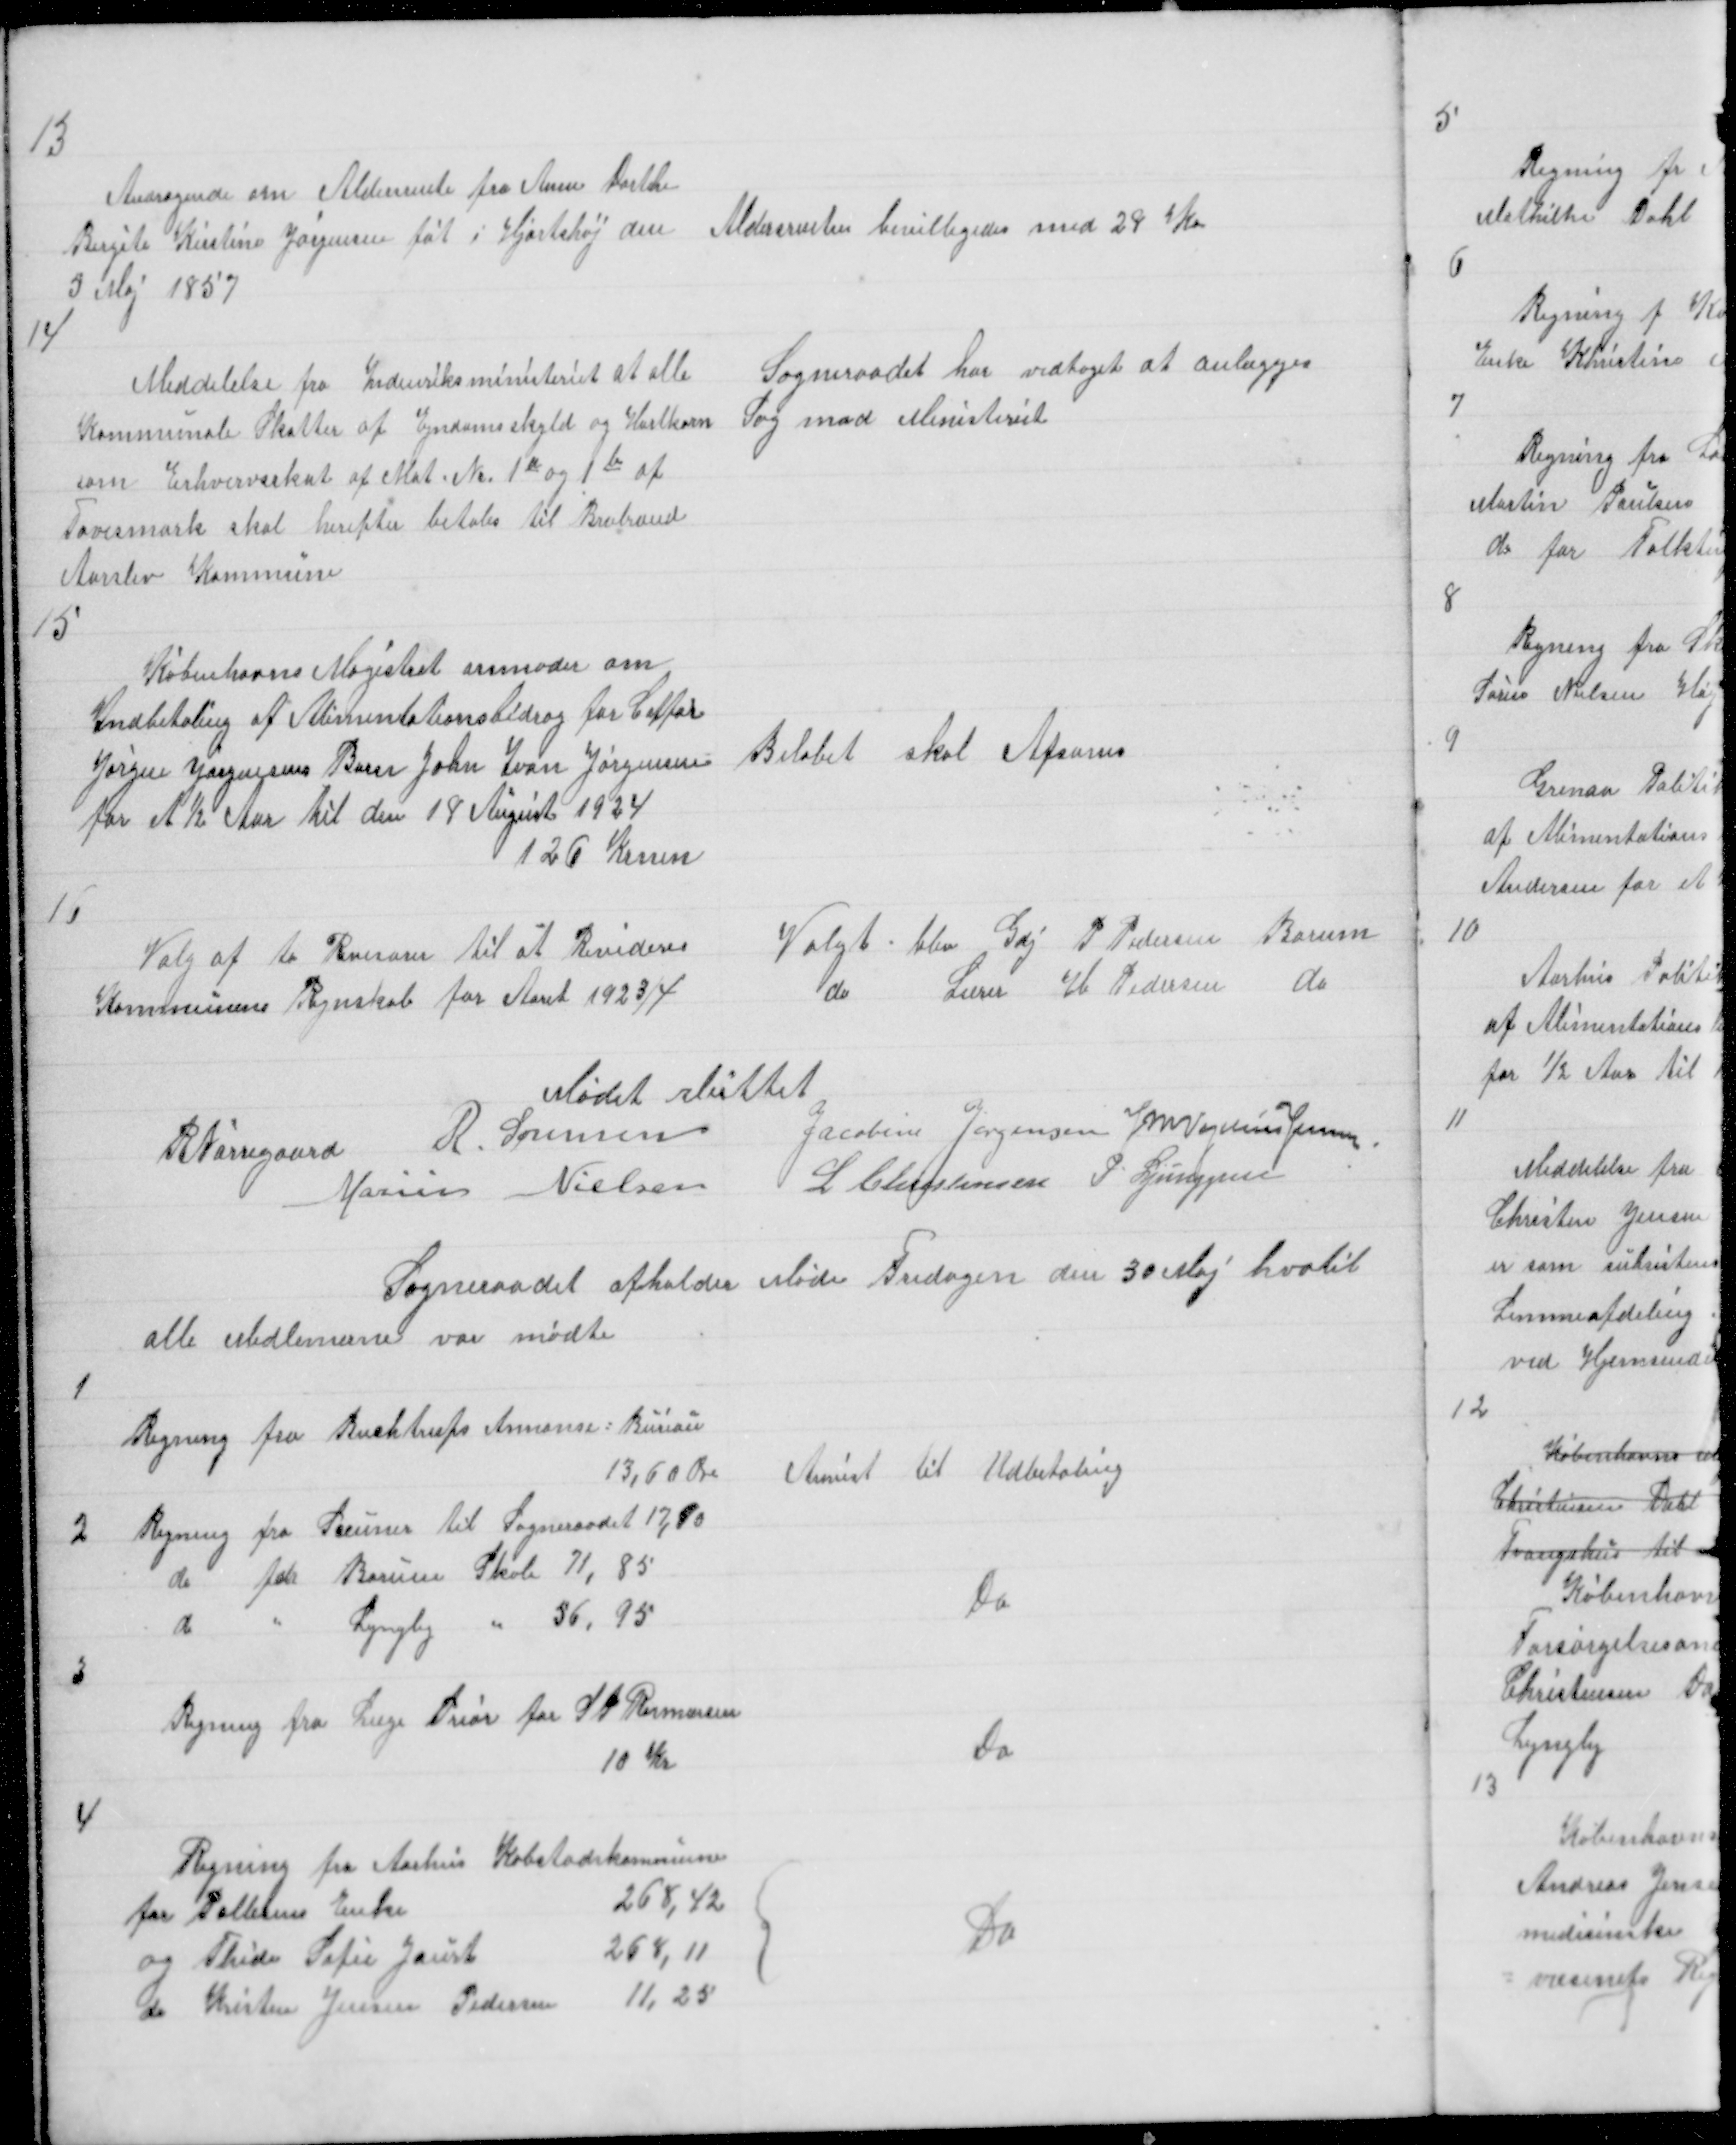
Transskription:
13
Andragende om Aldersrente fra Anne Dorthe
Birgite Kirstine Jørgensen føt i Hjortshøj den
5 Maj 1857

Aldersrenten bevilligedes med 29 Kr

14

Meddelelse fra Indenriksministeriet at alle
Kommunale Skatter af Ejndomsskyld og Hartkorn
som Erhvervsskat af Mat. № 1a og 1b af
Tovesmark skal herefter betales til Brabrand
Aarslev Kommune

Sogneraadet har vedtaget at anlægges
Sag mod Ministeriet

15
Københavns Magistrat anmoder om
Indbetaling af Alimentationsbidrag for Coffør
Jørgen Jørgensens Barn John Ivan Jørgensen
for et ½ Aar til den 18 August 1924
126 Krner

Beløbet skal Afsones

16
Valg af to Revisorer til at Revidere
Kommunens Regnskab for Aaret 1923/4

Valgt blev Gdj P Pedersen Borum
do Lærer H Pedersen do

Mødet sluttet
R Nørregaard R. Sørensen
Jacobine Jørgensen J M Vogelius Jensen
Marius Nielsen L Christensen P. Ljunggren

Sogneraadet afholder Møde Fredagen den 30 Maj hvotil
alle Medlemerne vare mødte

1

Regning fra Buchtrups Annonse Bureau
13,60 Øre

Anvist til Udbetaling

2

Regning fra Sceuner til Sogneraadet 17,90
do for Borum Skole 71,85
do " Lyngby " 56,95

Do

3

Regning fra Læge Prior for S P Rasmussen
10 Kr

Do

4

Regning fra Aarhus Købstadskommune
for Pallesens Enke
268,42
og Thide Sofie Jaurt 268,11
do Kristen Jensen Pedersen 11,25

Do